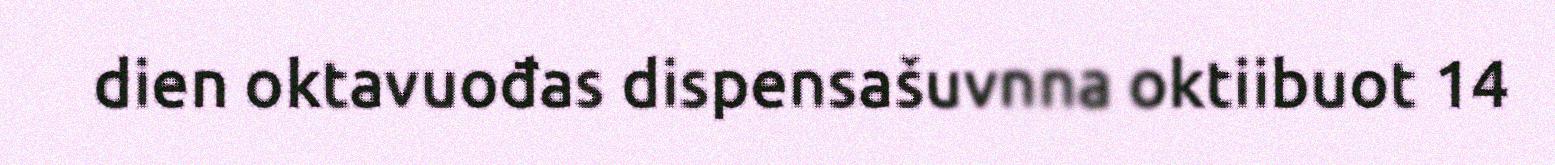
dien oktavuođas dispensašuvnna oktiibuot 14